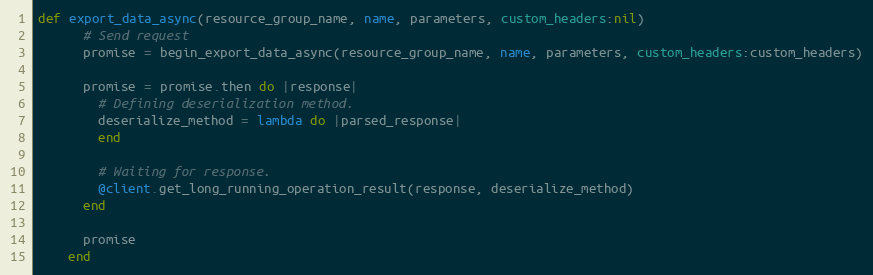
Language: Ruby
def export_data_async(resource_group_name, name, parameters, custom_headers:nil)
      # Send request
      promise = begin_export_data_async(resource_group_name, name, parameters, custom_headers:custom_headers)

      promise = promise.then do |response|
        # Defining deserialization method.
        deserialize_method = lambda do |parsed_response|
        end

        # Waiting for response.
        @client.get_long_running_operation_result(response, deserialize_method)
      end

      promise
    end